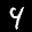
Label: 4